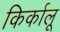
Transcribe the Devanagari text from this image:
किर्कालू